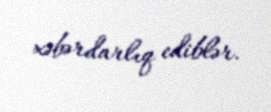
xəbərdarlıq ediblər.